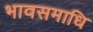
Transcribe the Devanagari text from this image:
भावसमाधि